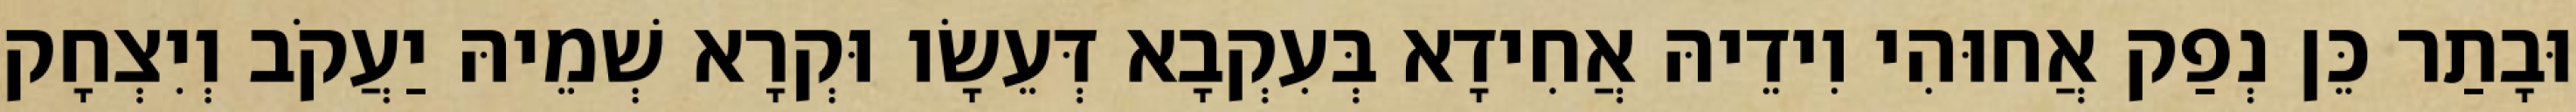
וּבָתַר כֵּן נְפַק אֲחוּהִי וִידֵיהּ אֲחִידָא בְּעִקְבָא דְּעֵשָׂו וּקְרָא שְׁמֵיהּ יַעֲקֹב וְיִצְחָק